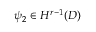
\psi _ { 2 } \in H ^ { r - 1 } ( D )